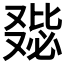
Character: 𠭺